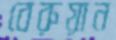
বেরুয়ান